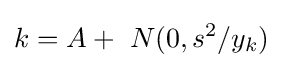
k=A+\ N(0,s^{2}/y_{k})